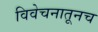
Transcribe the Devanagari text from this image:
विवेचनातूनच